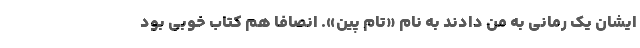
ایشان یک رمانی به من دادند به نام «تام پین». انصافا هم کتاب خوبی بود